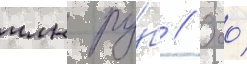
млн ру́б // Ооо́